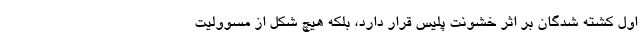
اول کشته‌ شدگان بر اثر خشونت پلیس قرار دارد، بلکه هیچ شکل از مسوولیت